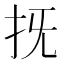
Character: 𢪑